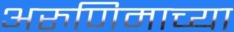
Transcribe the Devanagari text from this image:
अरुणिमाच्या